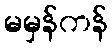
မမှန်ကန်